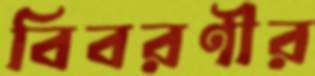
বিবরণীর